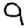
Digit: 9